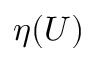
\eta ( U )